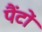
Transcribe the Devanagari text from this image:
पैंटों